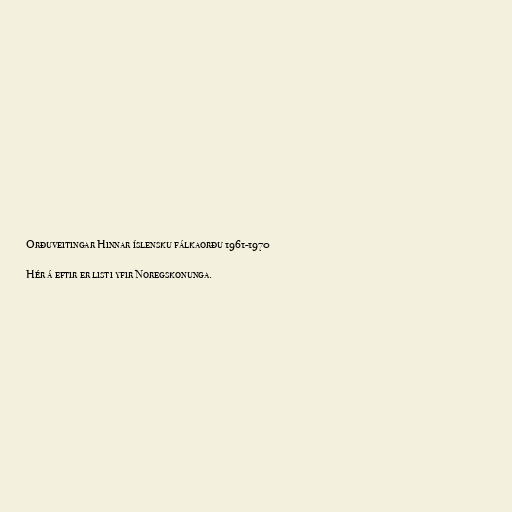
Orðuveitingar Hinnar íslensku fálkaorðu 1961-1970

Hér á eftir er listi yfir Noregskonunga.